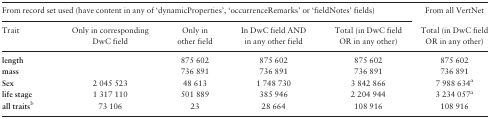
<table><thead><tr><td colspan="5"><b>From record set used (have content in any of ‘dynamicProperties’, ‘occurrenceRemarks’ or ‘fieldNotes’ fields)</b></td><td><b>From all VertNet</b></td></tr><tr><td><b>Trait</b></td><td><b>Only in corresponding DwC field</b></td><td><b>Only in other field</b></td><td><b>In DwC field AND in any other field</b></td><td><b>Total (in DwC field OR in any other)</b></td><td><b>Total (in DwC field OR in any other)</b></td></tr></thead><tbody><tr><td><b>length</b></td><td></td><td>875 602</td><td>875 602</td><td>875 602</td><td>875 602</td></tr><tr><td><b>mass</b></td><td></td><td>736 891</td><td>736 891</td><td>736 891</td><td>736 891</td></tr><tr><td><b>Sex</b></td><td>2 045 523</td><td>48 613</td><td>1 748 730</td><td>3 842 866</td><td>7 988 634<sup>a</sup></td></tr><tr><td><b>life stage</b></td><td>1 317 110</td><td>501 889</td><td>385 946</td><td>2 204 944</td><td>3 234 057<sup>a</sup></td></tr><tr><td><b>all traits</b><sup>b</sup></td><td>73 106</td><td>23</td><td>28 664</td><td>108 916</td><td>108 916</td></tr></tbody></table>